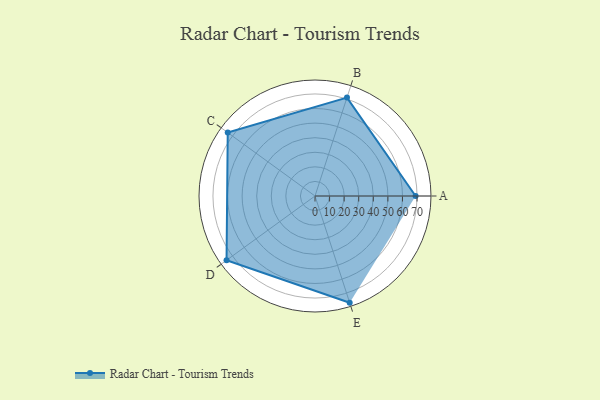
{"axis": {"x": "Skill", "y": "Score"}, "legend": ["Profile"], "data": [{"x": "A", "y": 69.0, "type": "Profile"}, {"x": "B", "y": 71.0, "type": "Profile"}, {"x": "C", "y": 74.0, "type": "Profile"}, {"x": "D", "y": 75.0, "type": "Profile"}, {"x": "E", "y": 77.0, "type": "Profile"}]}